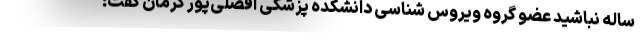
ساله نباشید عضو گروه ویروس شناسی دانشکده پزشکی افضلی‌پور کرمان گفت: